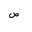
Letter: _sad